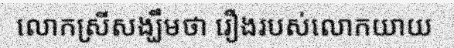
លោកស្រីសង្ឃឹមថា រឿងរបស់លោកយាយ